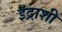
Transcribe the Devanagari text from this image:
इंद्राशी